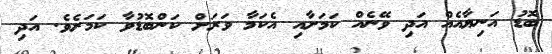
ބޮޑު އަނިޔާއެއް އަދި ވޭނެއް ކަމަށާއި އެކަމާ ވަރަށް ކަންބޮޑުވާ ކަމަށެވެ. އަދި